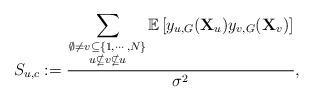
LaTeX: \begin{align*}S_{u,c}:=\frac{{\displaystyle \sum_{{\textstyle {\emptyset\ne v\subseteq\{1,\cdots,N\}\atop u \nsubseteq v\nsubseteq u}}}}\mathbb{E}\left[y_{u,G}(\mathbf{X}_{u})y_{v,G}(\mathbf{X}_{v})\right]}{\sigma^{2}},\end{align*}